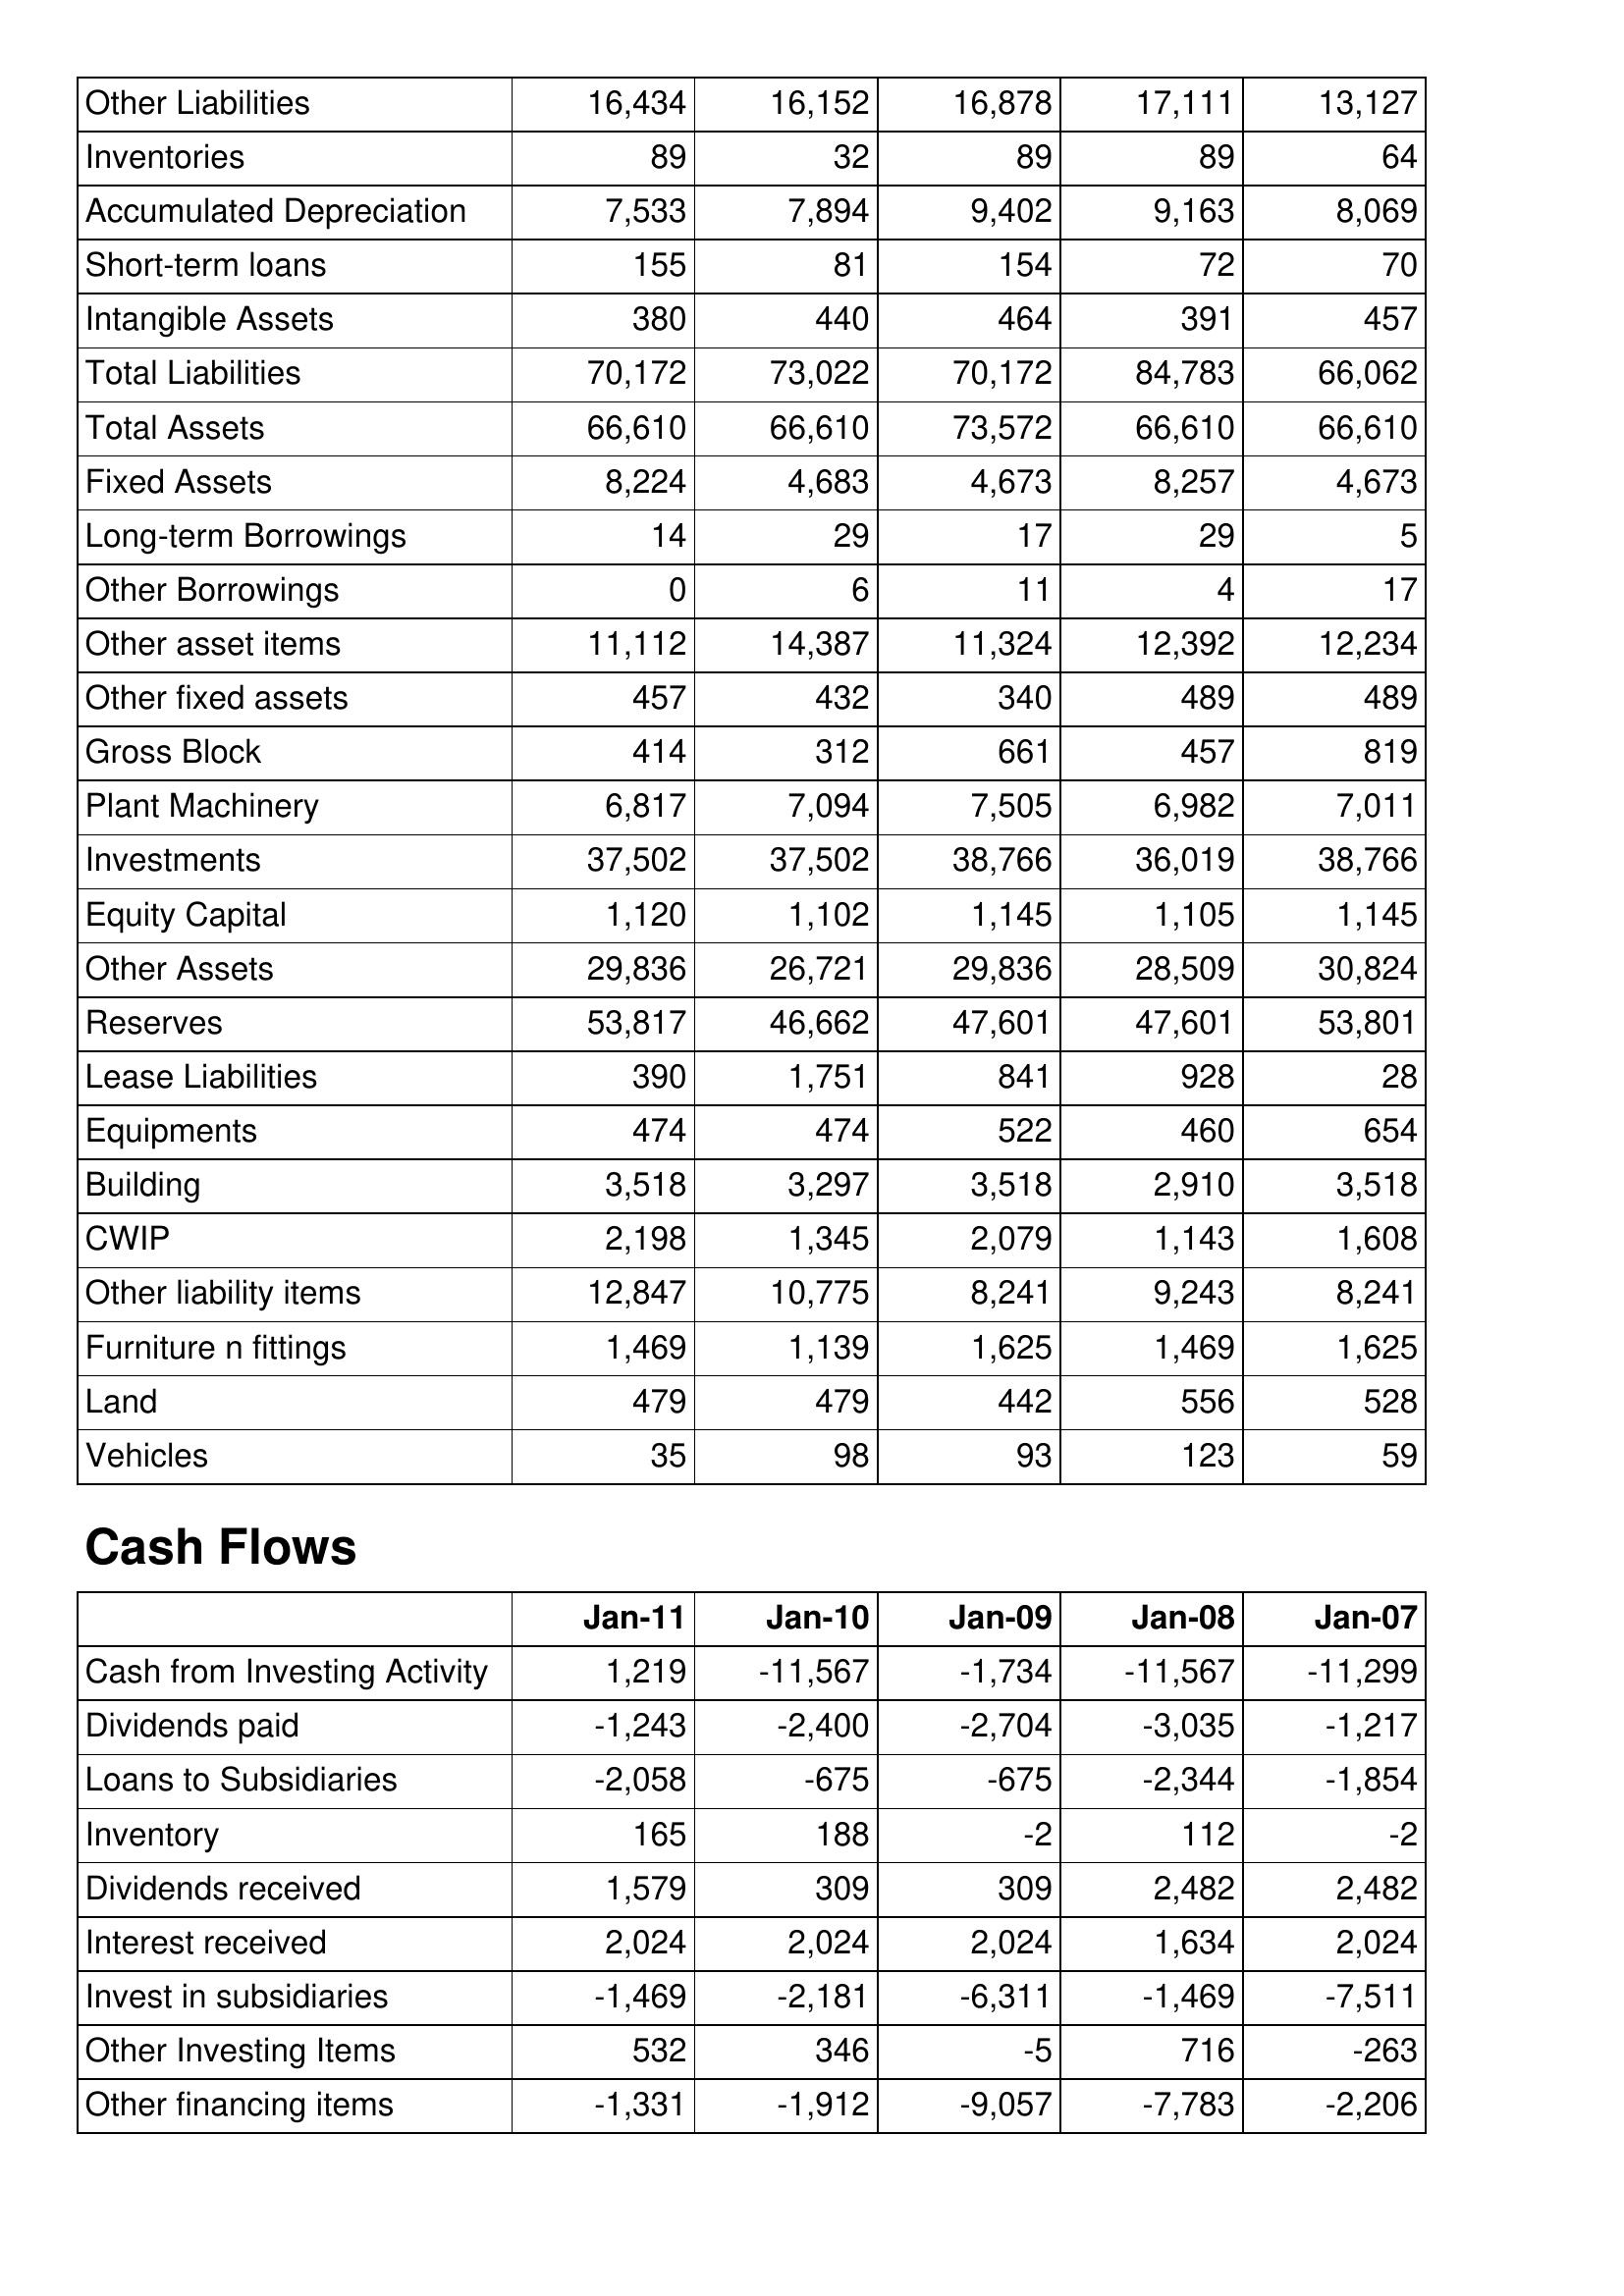
Jan-11: Balance Sheet: Other Liabilities: 16,434
Inventories: 89
Accumulated Depreciation: 7,533
Short-term loans: 155
Intangible Assets: 380
Total Liabilities: 70,172
Total Assets: 66,610
Fixed Assets: 8,224
Long-term Borrowings: 14
Other Borrowings: 0
Other asset items: 11,112
Other fixed assets: 457
Gross Block: 414
Plant Machinery: 6,817
Investments: 37,502
Equity Capital: 1,120
Other Assets: 29,836
Reserves: 53,817
Lease Liabilities: 390
Equipments: 474
Building: 3,518
CWIP: 2,198
Other liability items: 12,847
Furniture n fittings: 1,469
Land: 479
Vehicles: 35
Cash Flows: Cash from Investing Activity: 1,219
Dividends paid: -1,243
Loans to Subsidiaries: -2,058
Inventory: 165
Dividends received: 1,579
Interest received: 2,024
Invest in subsidiaries: -1,469
Other Investing Items: 532
Other financing items: -1,331
Jan-10: Balance Sheet: Other Liabilities: 16,152
Inventories: 32
Accumulated Depreciation: 7,894
Short-term loans: 81
Intangible Assets: 440
Total Liabilities: 73,022
Total Assets: 66,610
Fixed Assets: 4,683
Long-term Borrowings: 29
Other Borrowings: 6
Other asset items: 14,387
Other fixed assets: 432
Gross Block: 312
Plant Machinery: 7,094
Investments: 37,502
Equity Capital: 1,102
Other Assets: 26,721
Reserves: 46,662
Lease Liabilities: 1,751
Equipments: 474
Building: 3,297
CWIP: 1,345
Other liability items: 10,775
Furniture n fittings: 1,139
Land: 479
Vehicles: 98
Cash Flows: Cash from Investing Activity: -11,567
Dividends paid: -2,400
Loans to Subsidiaries: -675
Inventory: 188
Dividends received: 309
Interest received: 2,024
Invest in subsidiaries: -2,181
Other Investing Items: 346
Other financing items: -1,912
Jan-09: Balance Sheet: Other Liabilities: 16,878
Inventories: 89
Accumulated Depreciation: 9,402
Short-term loans: 154
Intangible Assets: 464
Total Liabilities: 70,172
Total Assets: 73,572
Fixed Assets: 4,673
Long-term Borrowings: 17
Other Borrowings: 11
Other asset items: 11,324
Other fixed assets: 340
Gross Block: 661
Plant Machinery: 7,505
Investments: 38,766
Equity Capital: 1,145
Other Assets: 29,836
Reserves: 47,601
Lease Liabilities: 841
Equipments: 522
Building: 3,518
CWIP: 2,079
Other liability items: 8,241
Furniture n fittings: 1,625
Land: 442
Vehicles: 93
Cash Flows: Cash from Investing Activity: -1,734
Dividends paid: -2,704
Loans to Subsidiaries: -675
Inventory: -2
Dividends received: 309
Interest received: 2,024
Invest in subsidiaries: -6,311
Other Investing Items: -5
Other financing items: -9,057
Jan-08: Balance Sheet: Other Liabilities: 17,111
Inventories: 89
Accumulated Depreciation: 9,163
Short-term loans: 72
Intangible Assets: 391
Total Liabilities: 84,783
Total Assets: 66,610
Fixed Assets: 8,257
Long-term Borrowings: 29
Other Borrowings: 4
Other asset items: 12,392
Other fixed assets: 489
Gross Block: 457
Plant Machinery: 6,982
Investments: 36,019
Equity Capital: 1,105
Other Assets: 28,509
Reserves: 47,601
Lease Liabilities: 928
Equipments: 460
Building: 2,910
CWIP: 1,143
Other liability items: 9,243
Furniture n fittings: 1,469
Land: 556
Vehicles: 123
Cash Flows: Cash from Investing Activity: -11,567
Dividends paid: -3,035
Loans to Subsidiaries: -2,344
Inventory: 112
Dividends received: 2,482
Interest received: 1,634
Invest in subsidiaries: -1,469
Other Investing Items: 716
Other financing items: -7,783
Jan-07: Balance Sheet: Other Liabilities: 13,127
Inventories: 64
Accumulated Depreciation: 8,069
Short-term loans: 70
Intangible Assets: 457
Total Liabilities: 66,062
Total Assets: 66,610
Fixed Assets: 4,673
Long-term Borrowings: 5
Other Borrowings: 17
Other asset items: 12,234
Other fixed assets: 489
Gross Block: 819
Plant Machinery: 7,011
Investments: 38,766
Equity Capital: 1,145
Other Assets: 30,824
Reserves: 53,801
Lease Liabilities: 28
Equipments: 654
Building: 3,518
CWIP: 1,608
Other liability items: 8,241
Furniture n fittings: 1,625
Land: 528
Vehicles: 59
Cash Flows: Cash from Investing Activity: -11,299
Dividends paid: -1,217
Loans to Subsidiaries: -1,854
Inventory: -2
Dividends received: 2,482
Interest received: 2,024
Invest in subsidiaries: -7,511
Other Investing Items: -263
Other financing items: -2,206